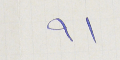
٩١